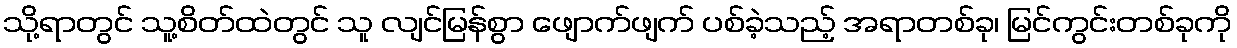
သို့ရာတွင် သူ့စိတ်ထဲတွင် သူ လျင်မြန်စွာ ဖျောက်ဖျက် ပစ်ခဲ့သည့် အရာတစ်ခု၊ မြင်ကွင်းတစ်ခုကို